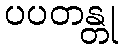
ပပတန္တု